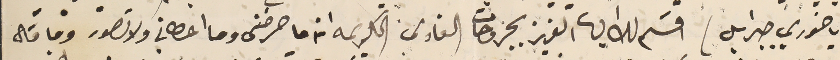
يا خوري جبرايل) اقسَم لك ايها العزيز بجروحات الفادي الكريمه انه ما حرضنى وما اعطاني ولا تصور وما قال